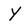
Character: Y